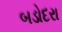
બડોદરા